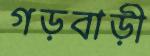
গড়বাড়ী